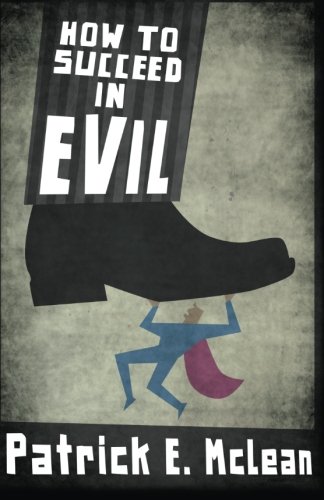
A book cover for How to Succeed in Evil (Volume 1); Patrick E McLean; Science Fiction & Fantasy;